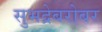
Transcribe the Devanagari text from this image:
सुभद्रेबरोबर